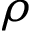
\rho